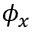
\phi _ { x }